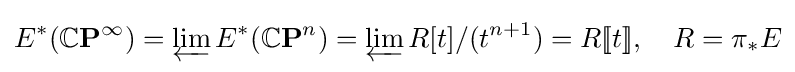
E^{*}(\mathbb {C} \mathbf {P} ^{\infty })=\varprojlim E^{*}(\mathbb {C} \mathbf {P} ^{n})=\varprojlim R[t]/(t^{n+1})=R[\![t]\!],\quad R=\pi _{*}E